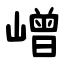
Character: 嶒